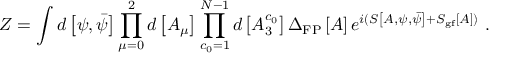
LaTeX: Z = \int d \left[ \psi , \bar { \psi } \right] \prod _ { \mu = 0 } ^ { 2 } d \left[ A _ { \mu } \right] \prod _ { c _ { 0 } = 1 } ^ { N - 1 } d \left[ A _ { 3 } ^ { c _ { 0 } } \right] \Delta _ { \mathrm { F P } } \left[ A \right] e ^ { i ( S \left[ A , \psi , \bar { \psi } \right] + S _ { \mathrm { g f } } \left[ A \right] ) } \ .